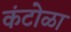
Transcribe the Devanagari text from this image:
कंटोळा